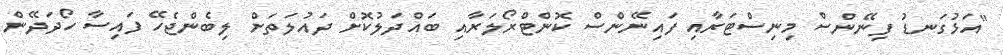
"އަޅުގަނޑު ފިނޭންސް މިނިސްޓަރާއި ފައިނޭންސް ކޮންޓްރޯލަރާއި ބައްދަލުކޮށް ދައުލަތަށް ލިބެންޖެހޭ ފައިސާ ހޯދަދޭން